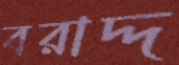
বরাদ্দ